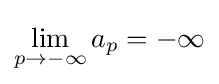
\lim _{p\to -\infty }a_{p}=-\infty